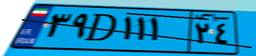
۳۹D۱۱۱۲۴